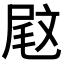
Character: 𡲈